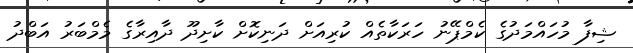
ޝިފާ މުހައްމަދުގެ ކެމްޕޭނު ހަރަކާތެއް ކުރިއަށް ދަނިކޮށް ކާށިދޫ ދާއިރާގެ މެމްބަރު އަބްދު